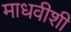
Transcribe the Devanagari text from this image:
माधवीशी